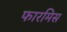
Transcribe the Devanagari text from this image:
फारमिस